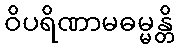
ဝိပရိဏာမဓမ္မန္တိ